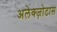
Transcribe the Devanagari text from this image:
अलेक्ज़ोटास